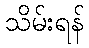
သိမ်းရန်